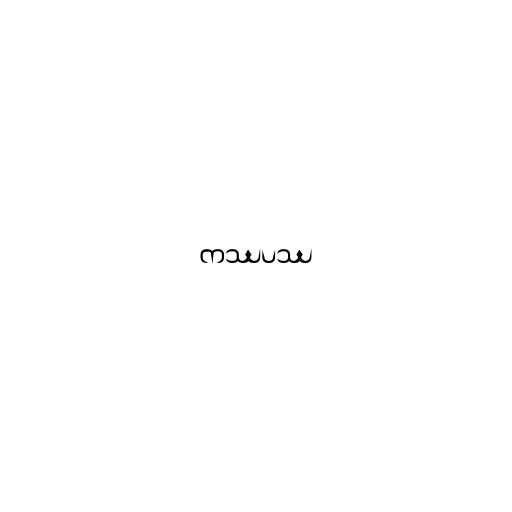
ကဿပဿ